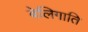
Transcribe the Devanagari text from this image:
बेलिगाति